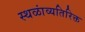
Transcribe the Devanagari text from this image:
स्थळांव्यतिरिक्त